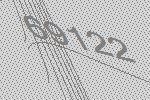
69122